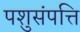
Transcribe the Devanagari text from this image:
पशुसंपत्ति